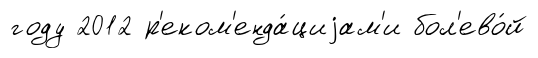
году 2012 р'еком'енда́циjам'и бол'ево́й